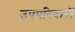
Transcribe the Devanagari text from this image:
उपपरिवारों